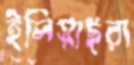
ইলিয়াছরা